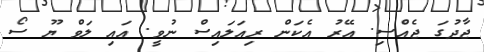
ޖާދުގަ ޖެއްސި. އޭރު އެކަން ރިއަލައިސް ނުވީ. އައި ލަވް ޔޫ ސޯ